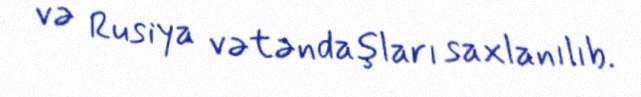
və Rusiya vətəndaşları saxlanılıb.